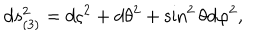
LaTeX: d s _ { ( 3 ) } ^ { 2 } = d \varsigma ^ { 2 } + d \theta ^ { 2 } + \sin ^ { 2 } \theta d \varphi ^ { 2 } ,